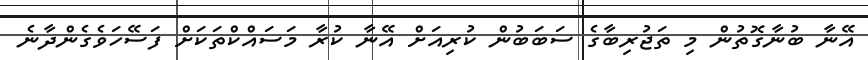
އޭނާ ބުނާގޮތުން މި ތަޖުރިބާގެ ސަބަބުން ކުރިއަށް އޭނާ ކުރާ މަސައްކްތަކަށް ފަސޭހަވެގެންދާނެ